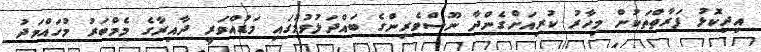
އިދިކޮޅު ފަރާތްތަކުން މިހާރު ކުރިއަށްގެންދާ ނޫސްވެރިންގެ ބައްދަލުވުމުގައި މަޑުއްވަރީ ދާއިރާގެ މެމްބަރު މުހައްމަދު